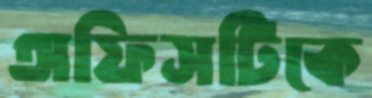
অফিসটিকে